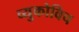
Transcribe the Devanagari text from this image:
व्युकोविच